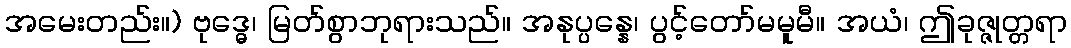
အမေးတည်း။) ဗုဒ္ဓေ၊ မြတ်စွာဘုရားသည်။ အနုပ္ပန္နေ၊ ပွင့်တော်မမူမီ။ အယံ၊ ဤခုဇ္ဇုတ္တရာ